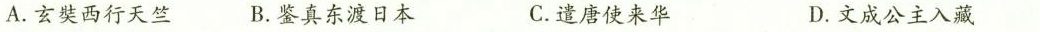
A.玄奘西行天竺B.鉴真东渡日本 C.遣唐使来华 D.文成公主入藏